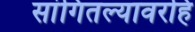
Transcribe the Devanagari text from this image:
सांगितल्यावरहि